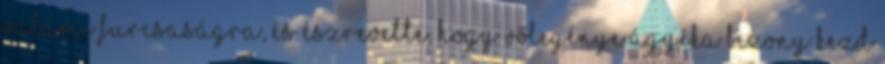
valami furcsaságra, és észrevette, hogy vőlegénye ágyéka bizony kezd